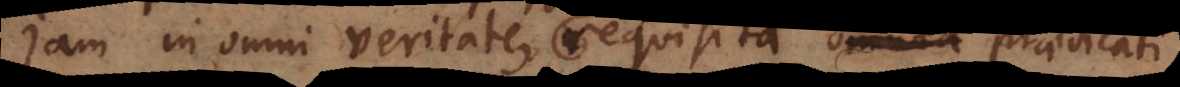
Jam in omni veritate omnia requisita praedicati